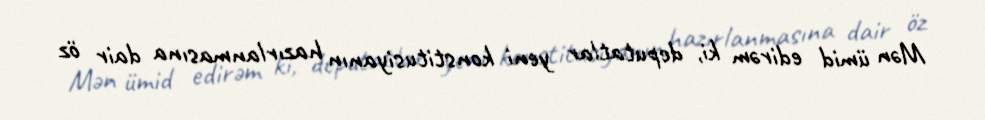
Mən ümid edirəm ki, deputatlar yeni konstitusiyanın hazırlanmasına dair öz